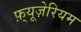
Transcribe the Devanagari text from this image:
फ़्यूज़ेरियम